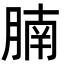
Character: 腩